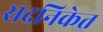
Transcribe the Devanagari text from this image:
सदनिकेत